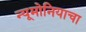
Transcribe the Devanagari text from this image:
न्यूमोनियाचा